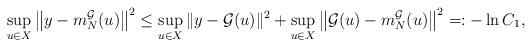
LaTeX: \begin{align*}\sup_{u \in X} \left\| y - m^\mathcal G _N(u) \right\|^2 \leq \sup_{u \in X} \| y - \mathcal G(u) \|^2 + \sup_{u \in X} \left\| \mathcal G(u) - m^\mathcal G _N(u) \right\|^2 =: - \ln C_1,\end{align*}